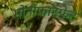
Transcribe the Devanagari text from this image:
मोनोफास्फेट